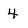
Character: 4